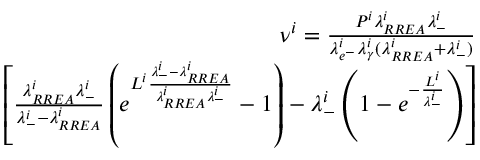
\begin{array} { r } { \nu ^ { i } = \frac { P ^ { i } \lambda _ { R R E A } ^ { i } \lambda _ { - } ^ { i } } { \lambda _ { e ^ { - } } ^ { i } \lambda _ { \gamma } ^ { i } ( \lambda _ { R R E A } ^ { i } + \lambda _ { - } ^ { i } ) } } \\ { \left[ \frac { \lambda _ { R R E A } ^ { i } \lambda _ { - } ^ { i } } { \lambda _ { - } ^ { i } - \lambda _ { R R E A } ^ { i } } \left( e ^ { L ^ { i } \frac { \lambda _ { - } ^ { i } - \lambda _ { R R E A } ^ { i } } { \lambda _ { R R E A } ^ { i } \lambda _ { - } ^ { i } } } - 1 \right) - \lambda _ { - } ^ { i } \left( 1 - e ^ { - \frac { L ^ { i } } { \lambda _ { - } ^ { i } } } \right) \right] } \end{array}